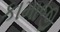
કામાજી